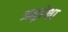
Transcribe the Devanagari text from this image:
अनुप्रेक्षा